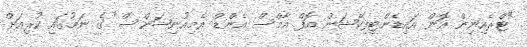
"ޓްރެއިނިން އޮން އައިޑެންޓިފިކޭޝަން އޮފް އާމްސް އެންޑް އެމިއުނިޝަންސް" ގެ ނަމުގައި ކުރިއަށް